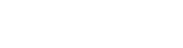
ဆောက်လုပ်ထားပြီး